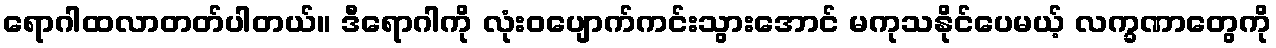
ရောဂါထလာတတ်ပါတယ်။ ဒီရောဂါကို လုံးဝပျောက်ကင်းသွားအောင် မကုသနိုင်ပေမယ့် လက္ခဏာတွေကို